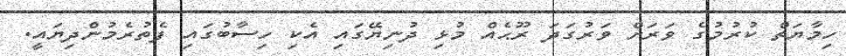
ހިމާޔަތް ކުރުމުގެ ވަރަށް ވަރުގަދަ ރޫޙެއް މުޅި ދުނިޔޭގައި އެކި ހިސާބުގައި ފެތުރެމުންދިޔައީ.